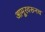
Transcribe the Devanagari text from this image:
आमूरवरूनच